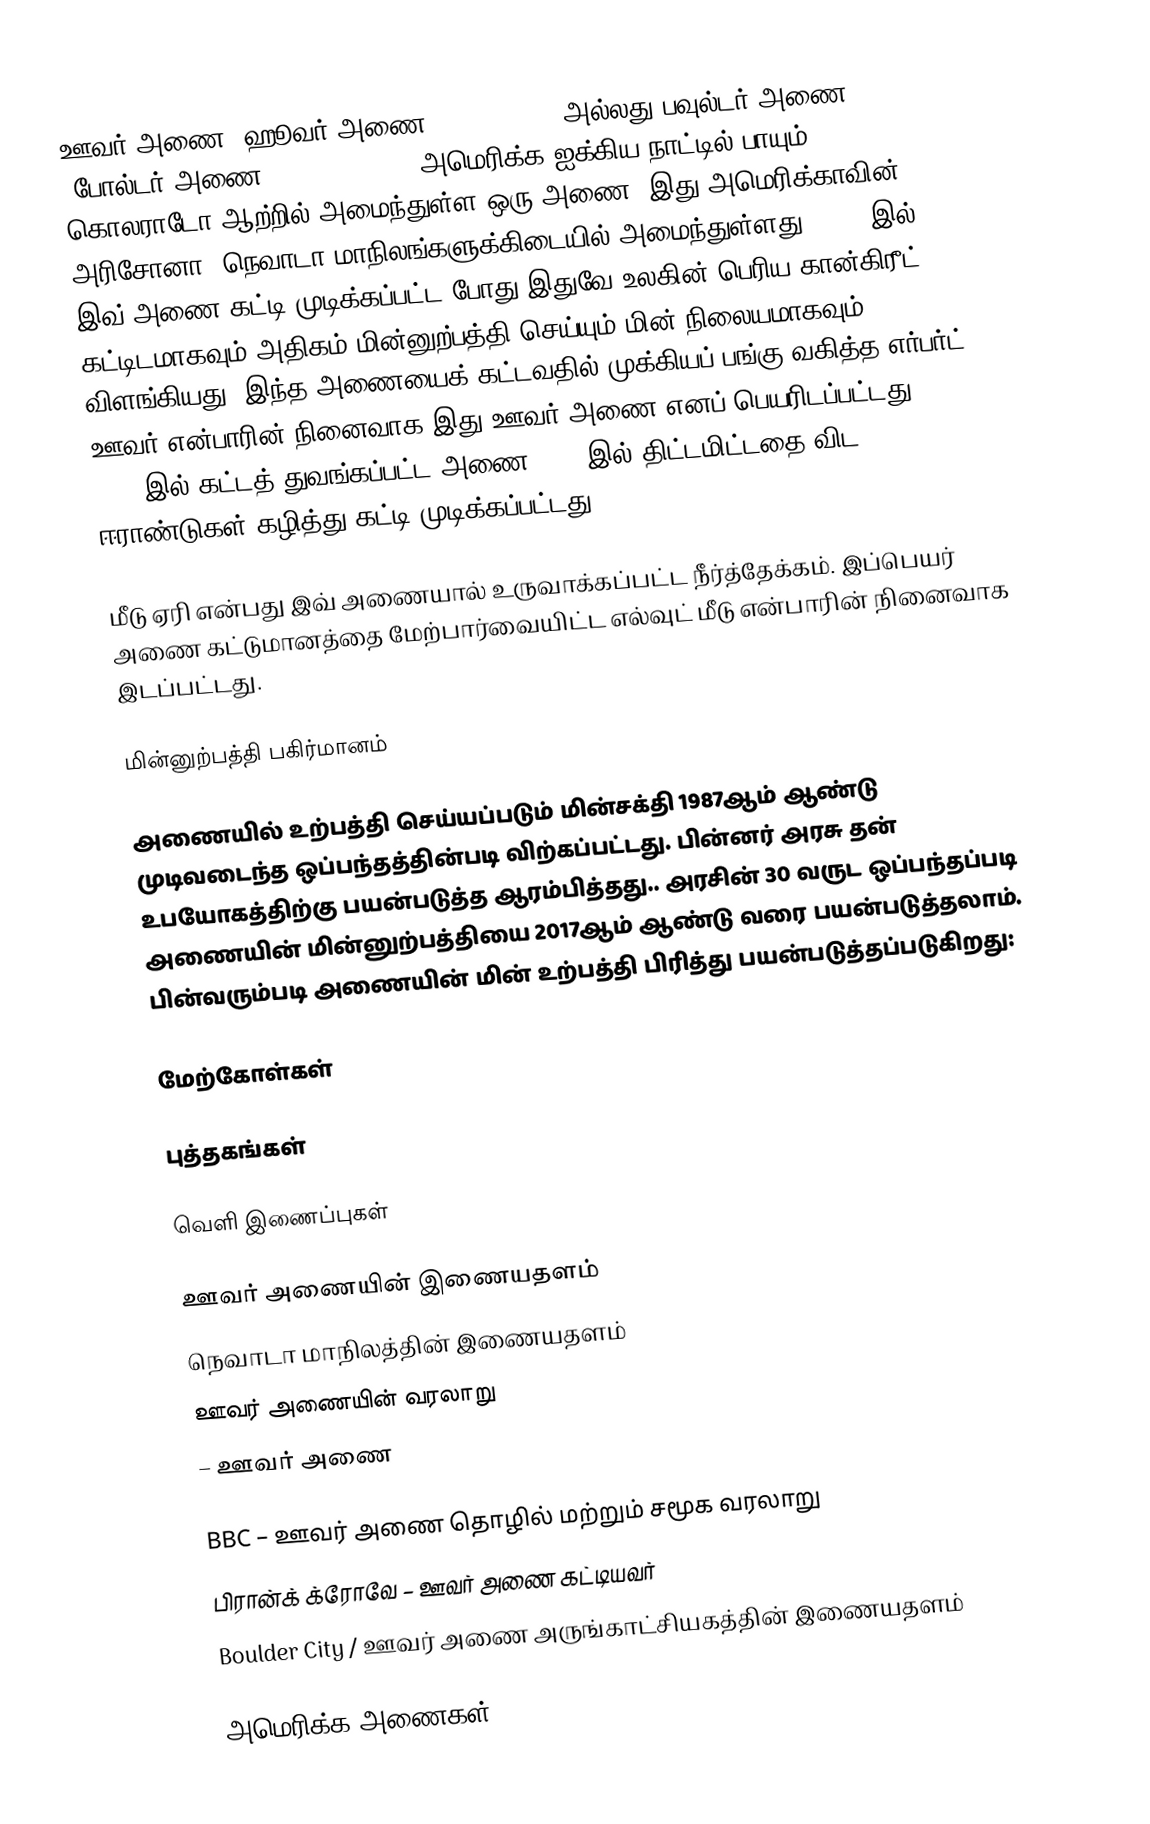
ஊவர் அணை (ஹூவர் அணை, Hoover Dam) அல்லது பவுல்டர் அணை (போல்டர் அணை, Boulder Dam), அமெரிக்க ஐக்கிய நாட்டில் பாயும் கொலராடோ ஆற்றில் அமைந்துள்ள ஒரு அணை. இது அமெரிக்காவின் அரிசோனா, நெவாடா மாநிலங்களுக்கிடையில் அமைந்துள்ளது. 1936-இல் இவ் அணை கட்டி முடிக்கப்பட்ட போது இதுவே உலகின் பெரிய கான்கிரீட் கட்டிடமாகவும் அதிகம் மின்னுற்பத்தி செய்யும் மின் நிலையமாகவும் விளங்கியது. இந்த அணையைக் கட்டவதில் முக்கியப் பங்கு வகித்த எர்பர்ட் ஊவர் என்பாரின் நினைவாக இது ஊவர் அணை எனப் பெயரிடப்பட்டது. 1931-இல் கட்டத் துவங்கப்பட்ட அணை 1936-இல் திட்டமிட்டதை விட ஈராண்டுகள் கழித்து கட்டி முடிக்கப்பட்டது.

மீடு ஏரி என்பது இவ் அணையால் உருவாக்கப்பட்ட நீர்த்தேக்கம். இப்பெயர் அணை கட்டுமானத்தை மேற்பார்வையிட்ட எல்வுட் மீடு என்பாரின் நினைவாக இடப்பட்டது.

மின்னுற்பத்தி பகிர்மானம்

அணையில் உற்பத்தி செய்யப்படும் மின்சக்தி 1987ஆம் ஆண்டு முடிவடைந்த ஒப்பந்தத்தின்படி விற்கப்பட்டது. பின்னர்  அரசு தன் உபயோகத்திற்கு பயன்படுத்த ஆரம்பித்தது.. அரசின் 30 வருட ஒப்பந்தப்படி அணையின் மின்னுற்பத்தியை 2017ஆம் ஆண்டு வரை பயன்படுத்தலாம். பின்வரும்படி அணையின் மின் உற்பத்தி பிரித்து பயன்படுத்தப்படுகிறது:

மேற்கோள்கள்

புத்தகங்கள்

வெளி இணைப்புகள்

 ஊவர் அணையின் இணையதளம்
 நெவாடா மாநிலத்தின் இணையதளம்
 ஊவர் அணையின் வரலாறு
  – ஊவர் அணை

 BBC – ஊவர் அணை தொழில் மற்றும் சமூக வரலாறு
 பிரான்க் க்ரோவே – ஊவர் அணை கட்டியவர்
 Boulder City / ஊவர் அணை அருங்காட்சியகத்தின் இணையதளம்

அமெரிக்க அணைகள்